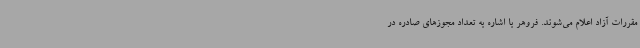
مقررات آزاد اعلام می‌شوند. فروهر با اشاره به تعداد مجوزهای صادره در